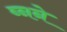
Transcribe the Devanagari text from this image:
ब्नने